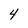
Character: 4